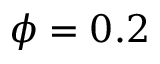
\phi = 0 . 2